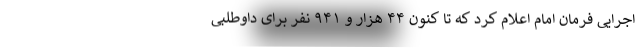
اجرایی فرمان امام اعلام کرد که تا کنون ۴۴ هزار و ۹۴۱ نفر برای داوطلبی